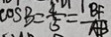
\cos B = \frac { 4 } { 5 } = \frac { B F } { A B }